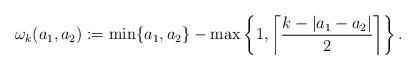
LaTeX: \begin{align*} \omega_k(a_1,a_2) := \min\{a_1,a_2\} - \max\left\{1, \left\lceil\frac{k-|a_1-a_2| }{2} \right\rceil\right\}.\end{align*}